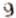
9